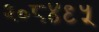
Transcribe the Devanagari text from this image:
२०८४९५